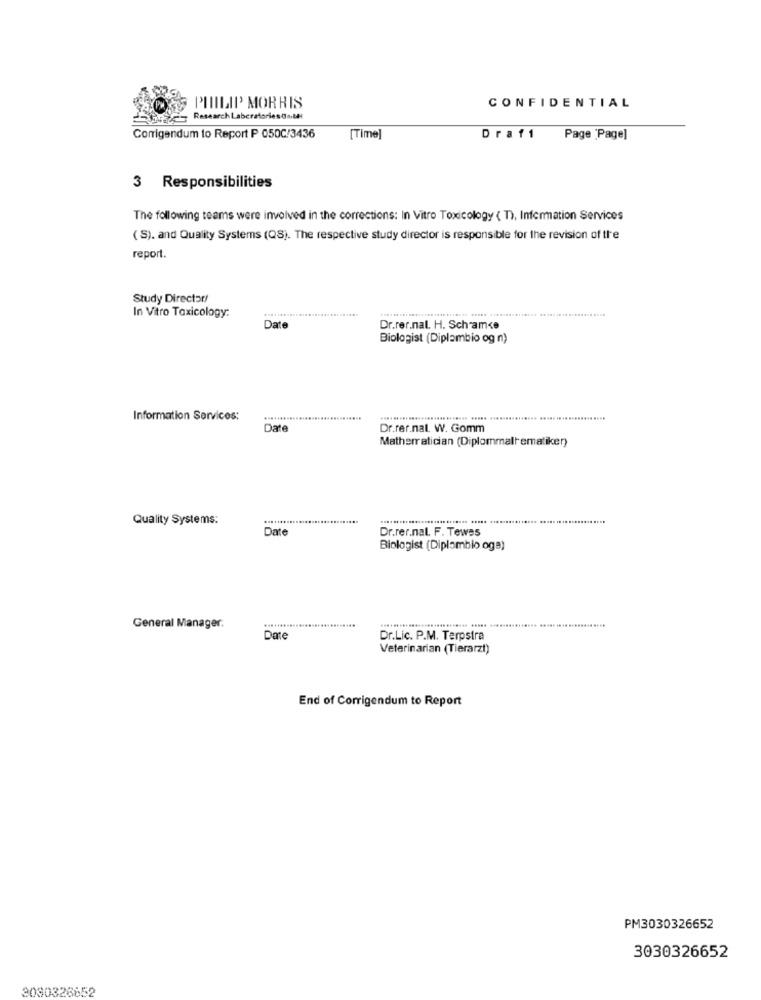
PHILIP MORRIS
CONFIDENTIAL
Jor- Research LaboratoriesOn.thl
Corrigendum to Report P 050C/3436
[Time]
Draf1
Page 'Page]
3 Responsibilities
The following teams were involved in the corrections: In Vitro Toxicology ( T), Information Services
( S). and Quality Systems (QS). The respective study director is responsible for the revision of the
report.
Study Director!
In Vitro Toxicology:
Date
Dr.rer.nat. H. Schamce
Biologist (Diplambio og n)
Information Services:
Date
Dr.rer.nat. W. Gomm
Matherratician (Diplommallematiker)
Quality Systems:
Date
Dr.rer.nat. F. Tewes
Biologist (Diplombio oga)
General Manager:
Date
Dr.Lic. P.M. Terpstra
Veterinarian (Tierarzt)
End of Corrigendum to Report
PM3030326652
3030326652
3030326652